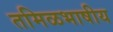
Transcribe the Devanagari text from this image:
तमिळभाषीय